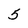
Character: 5